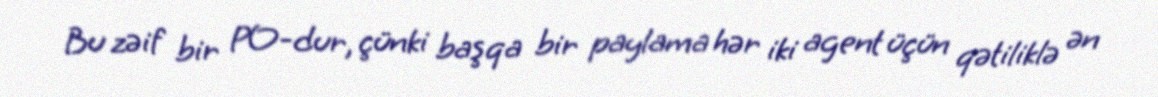
Bu zəif bir PO-dur, çünki başqa bir paylama hər iki agent üçün qətiliklə ən